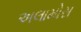
અલામોસ